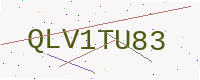
Text: QLV1TU83